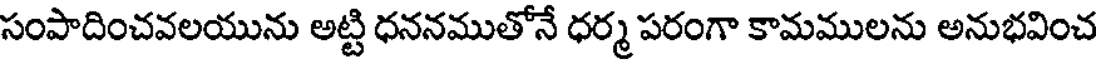
సంపాదించవలయును అట్టి ధననముతోనే ధర్మ పరంగా కామములను అనుభవించ